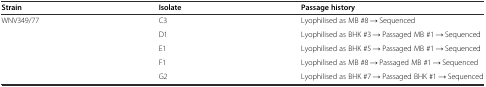
<table><thead><tr><td><b>Strain</b></td><td><b>Isolate</b></td><td><b>Passage history</b></td></tr></thead><tbody><tr><td>WNV349/77</td><td>C3</td><td>Lyophilised as MB #8 → Sequenced</td></tr><tr><td></td><td>D1</td><td>Lyophilised as BHK #3 → Passaged MB #1 → Sequenced</td></tr><tr><td></td><td>E1</td><td>Lyophilised as BHK #5 → Passaged MB #1 → Sequenced</td></tr><tr><td></td><td>F1</td><td>Lyophilised as MB #8 → Passaged MB #1 → Sequenced</td></tr><tr><td></td><td>G2</td><td>Lyophilised as BHK #7 → Passaged BHK #1 → Sequenced</td></tr></tbody></table>